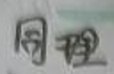
同理